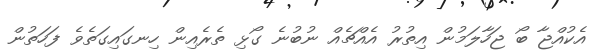
އެކުއްޖާ ބޯ ޖަހާލަމުން އިތުރު އެއްޗެއް ނުބުނެ ގޯޅި ތެރެއިން ހިނގައިގަތެވެ ފަހަތުން